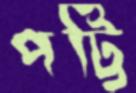
পট্টি